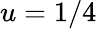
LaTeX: u=1/4